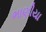
ભાણીયા